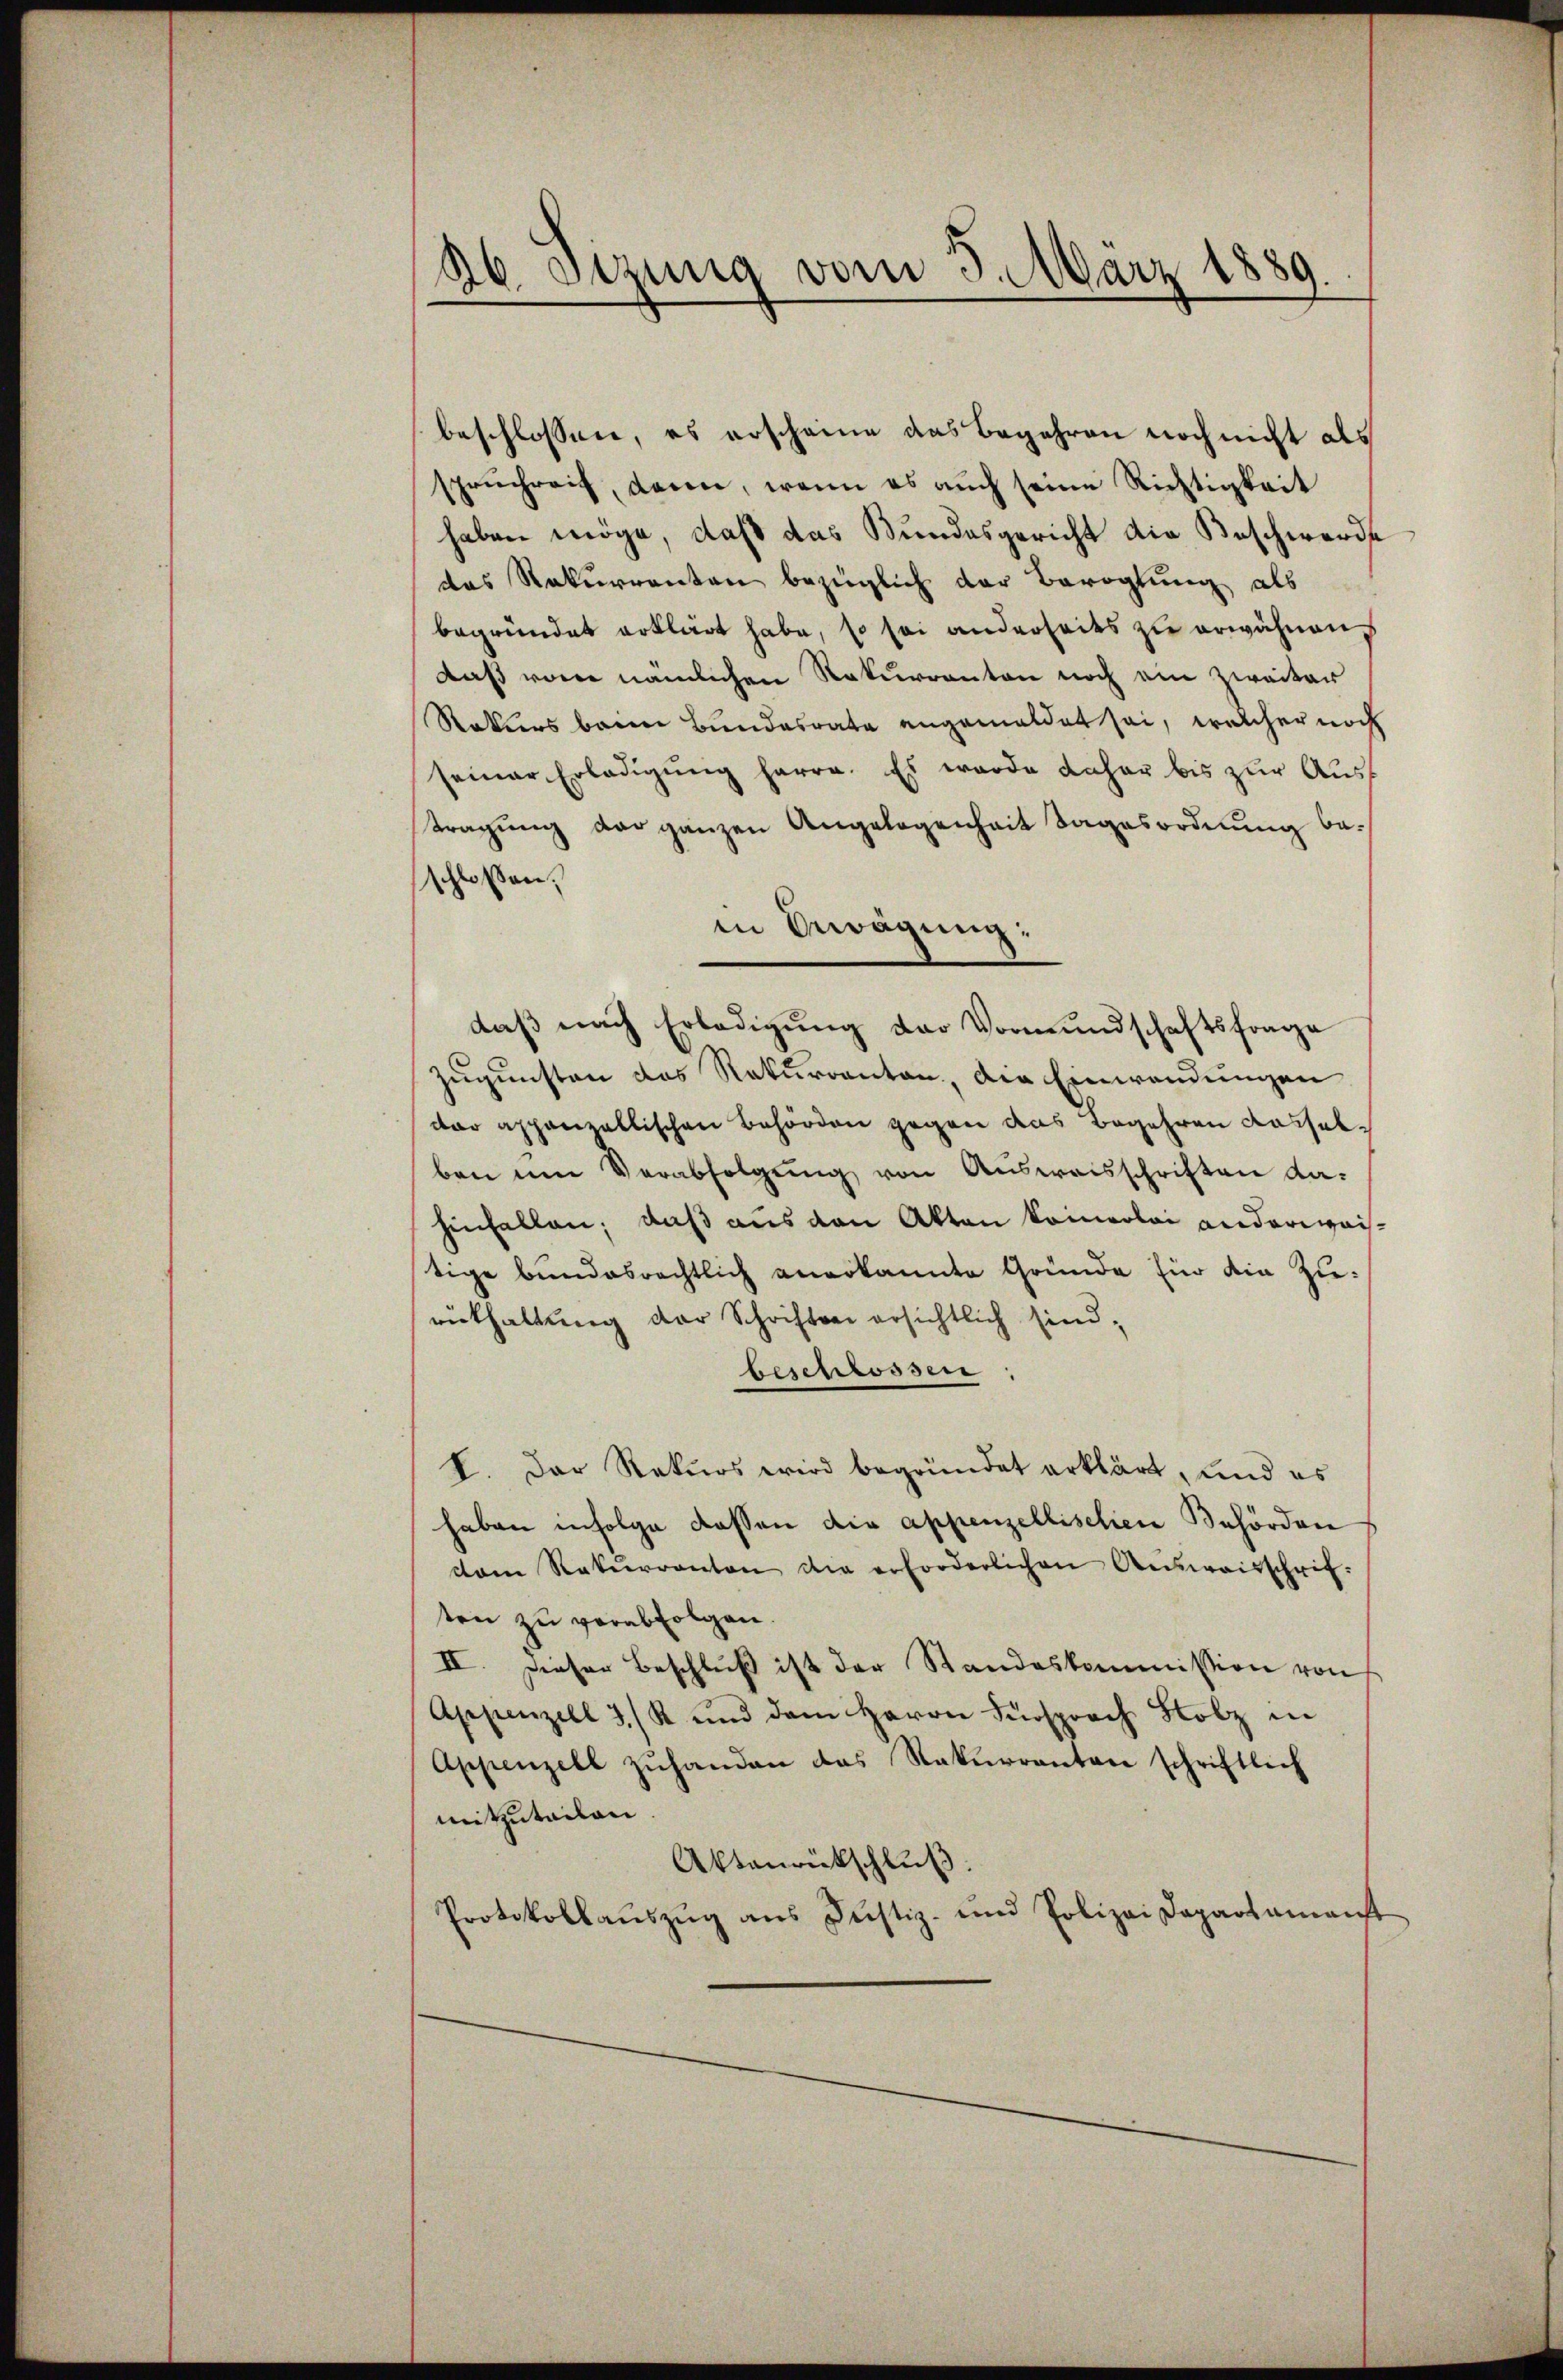
ab. Sizung vom 3. März 1889.

beschlossen, es erscheine das Begehren noch nicht als
spruchreit, daren, wenn es auch seine Richtigkeit
haben möge, daß das Bundesgericht die Beschwerde
das Rekurrenten bezüglich der Bevoglung als
begründet erklärt habe, so sei anderseits zu erwähnen
daß vom nämlichen Rekurrenten noch ein Zweiter
Rekurs beim Bundesrate angemeldet sei, welcher noch
seiner Erledigŭng herre. Es wurde daher bis zur Austragŭng der ganzen Angelegenheit Tagesordnung beschloßen:
in Erwägung:
daβ nach Erledigŭng der Vormŭndschaftsfrage
Zugunsten das Rekurrenten, die Einwendungen
dar appenzellischen Behörden gegen das Begehren Kasselben um Verabfolgŭng von Ausweisschriften da-
hinfallen; daß aus den Akten kommerlei anderwaitige bundesrechtlich anerkannte Gründe für die Zurükhaltung der Schochten ersichtlich sind,
beschlossen:
I. Der Rekurs wird begründet erklärt, und es
haben infolge dassen die appenzellischen Behörden
dam Rekŭrranton die erforderlichen Aŭsweisschrif-
ten zu verabfolgen.
II. Dieser Beschluß ist der Standeskommission von
Appenzell 3. R. und dem Herrn Fürsprach Holz in
Appenzell zŭhanden das Rekurrenten schriftlich
mitzuteilen.
Aktenrückschluß.
Protokollaŭszŭg ans Justiz- und Polizei Departamenst